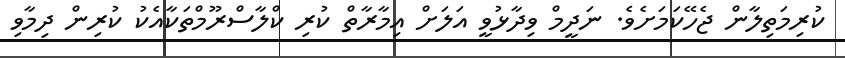
ކުރިމަތިލާން ޖެހޭކަމަށެވެ. ނަދީމް ވިދާޅުވީ އަލަށް އިމާރާތް ކުރި ކްލާސްރޫމްތަކާއެކު ކުރިން ދިމާވި